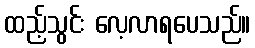
ထည့်သွင်း လေ့လာရပေသည်။